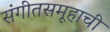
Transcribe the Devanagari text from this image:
संगीतसमूहाची